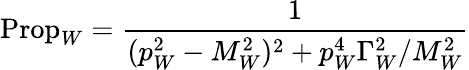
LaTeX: \mathrm{Prop}_{W}={\frac{1}{(p_{W}^{2}-M_{W}^{2})^{2}+p_{W}^{4}\Gamma_{W}^{2}/M_{W}^{2}}}